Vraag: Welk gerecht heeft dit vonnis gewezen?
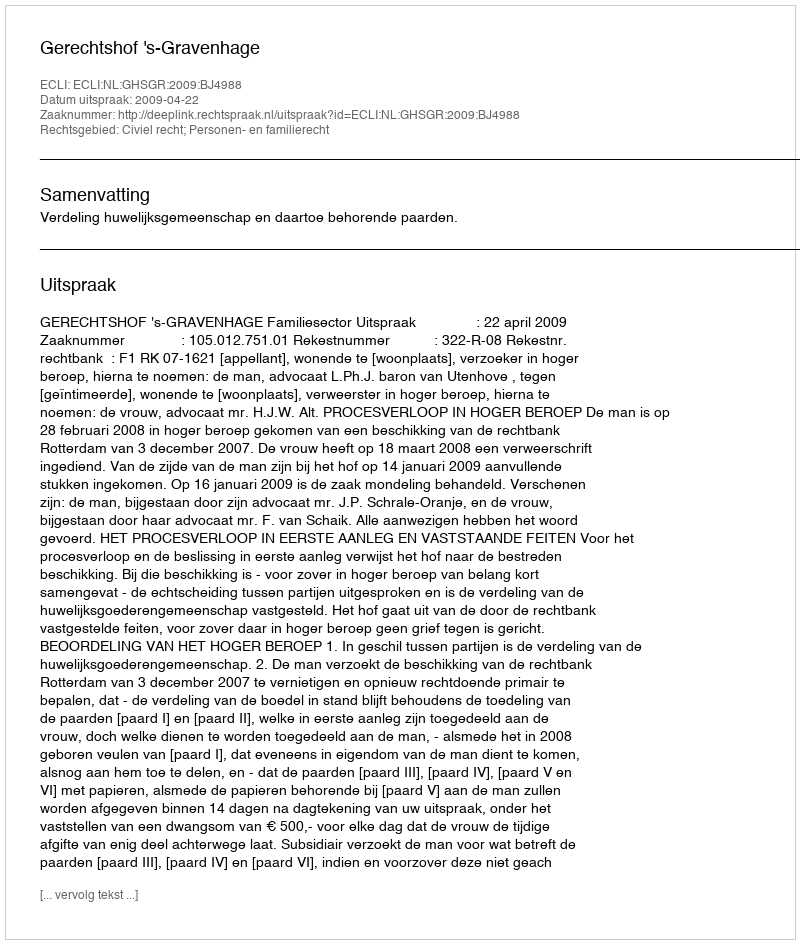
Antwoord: Gerechtshof 's-Gravenhage